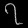
Digit: ၇